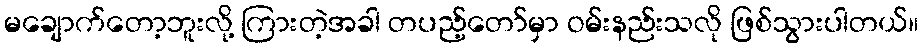
မချောက်တော့ဘူးလို့ ကြားတဲ့အခါ တပည့်တော်မှာ ဝမ်းနည်းသလို ဖြစ်သွားပါတယ်။